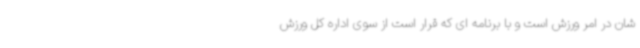
شان در امر ورزش است و با برنامه ای که قرار است از سوی اداره کل ورزش